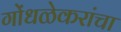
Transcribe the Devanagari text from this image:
गोंधळेकरांचा